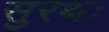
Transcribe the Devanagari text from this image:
सुरथः